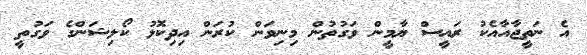
އެ ނަތީޖާއާއެކު ރައީސް ޔާމީން ވަގުތުން މިނިވަން ކުރަން އިދިކޮޅު ކޯލިޝަންގެ ވަގުތީ